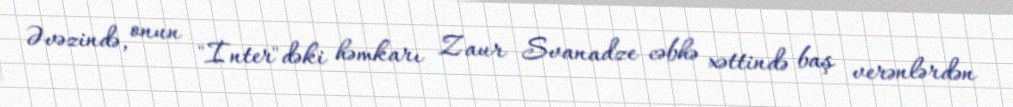
Əvəzində, onun "İnter"dəki həmkarı Zaur Svanadze cəbhə xəttində baş verənlərdən